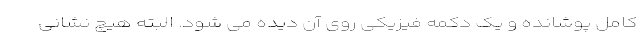
کامل پوشانده و یک دکمه فیزیکی روی آن دیده می شود. البته هیچ نشانی